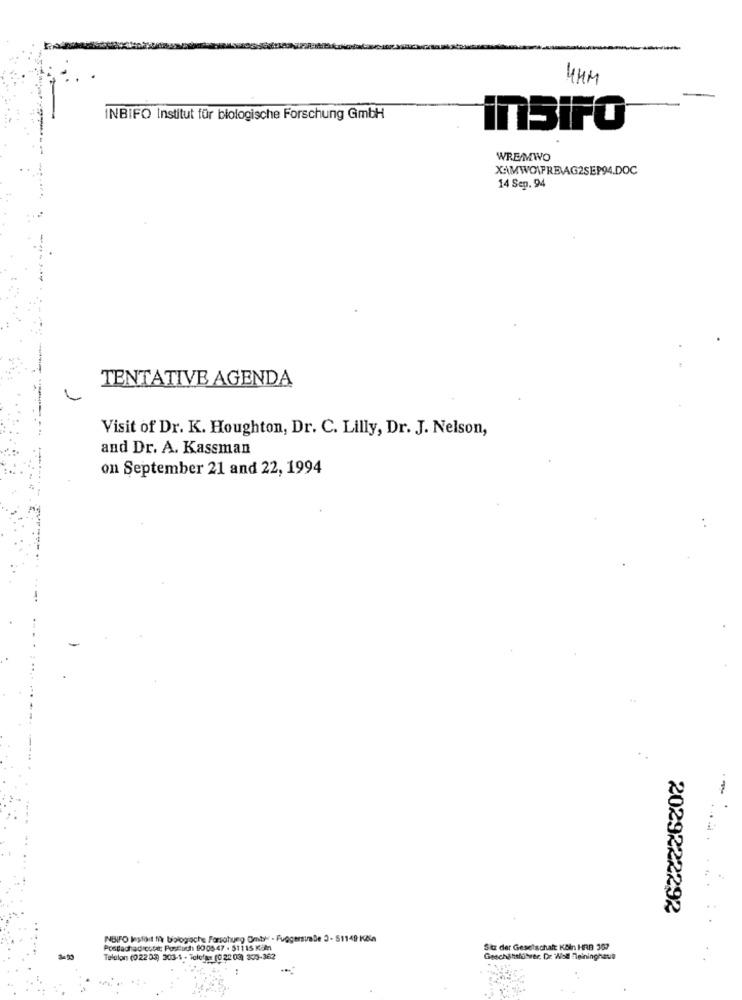
4MM
INBIFO Institut für biologische Forschung GmbH
insiFO
WREMWO
XAMWOWPREAG2SEP94.DOC
14 Sep. 94
TENTATIVE AGENDA
Visit of Dr. K. Houghton, Dr. C. Lilly, Dr. J. Nelson,
and Dr. A. Kassman
on September 21 and 22, 1994
..
2029222292
INBIFO lestort ti\ biologiache Forschung Omty - FuggersimDe 3- 51149 Kča
Postachad cute; Posluch 90 05 47 - 511 15 Kin
Sitz der Geselschaft KAin HRB 30?
Telalon (022 03) 303-1 - Telefax (0 22 03) 303-362
Geschähsfiber. Dr. WWiel Fleininghaus
-